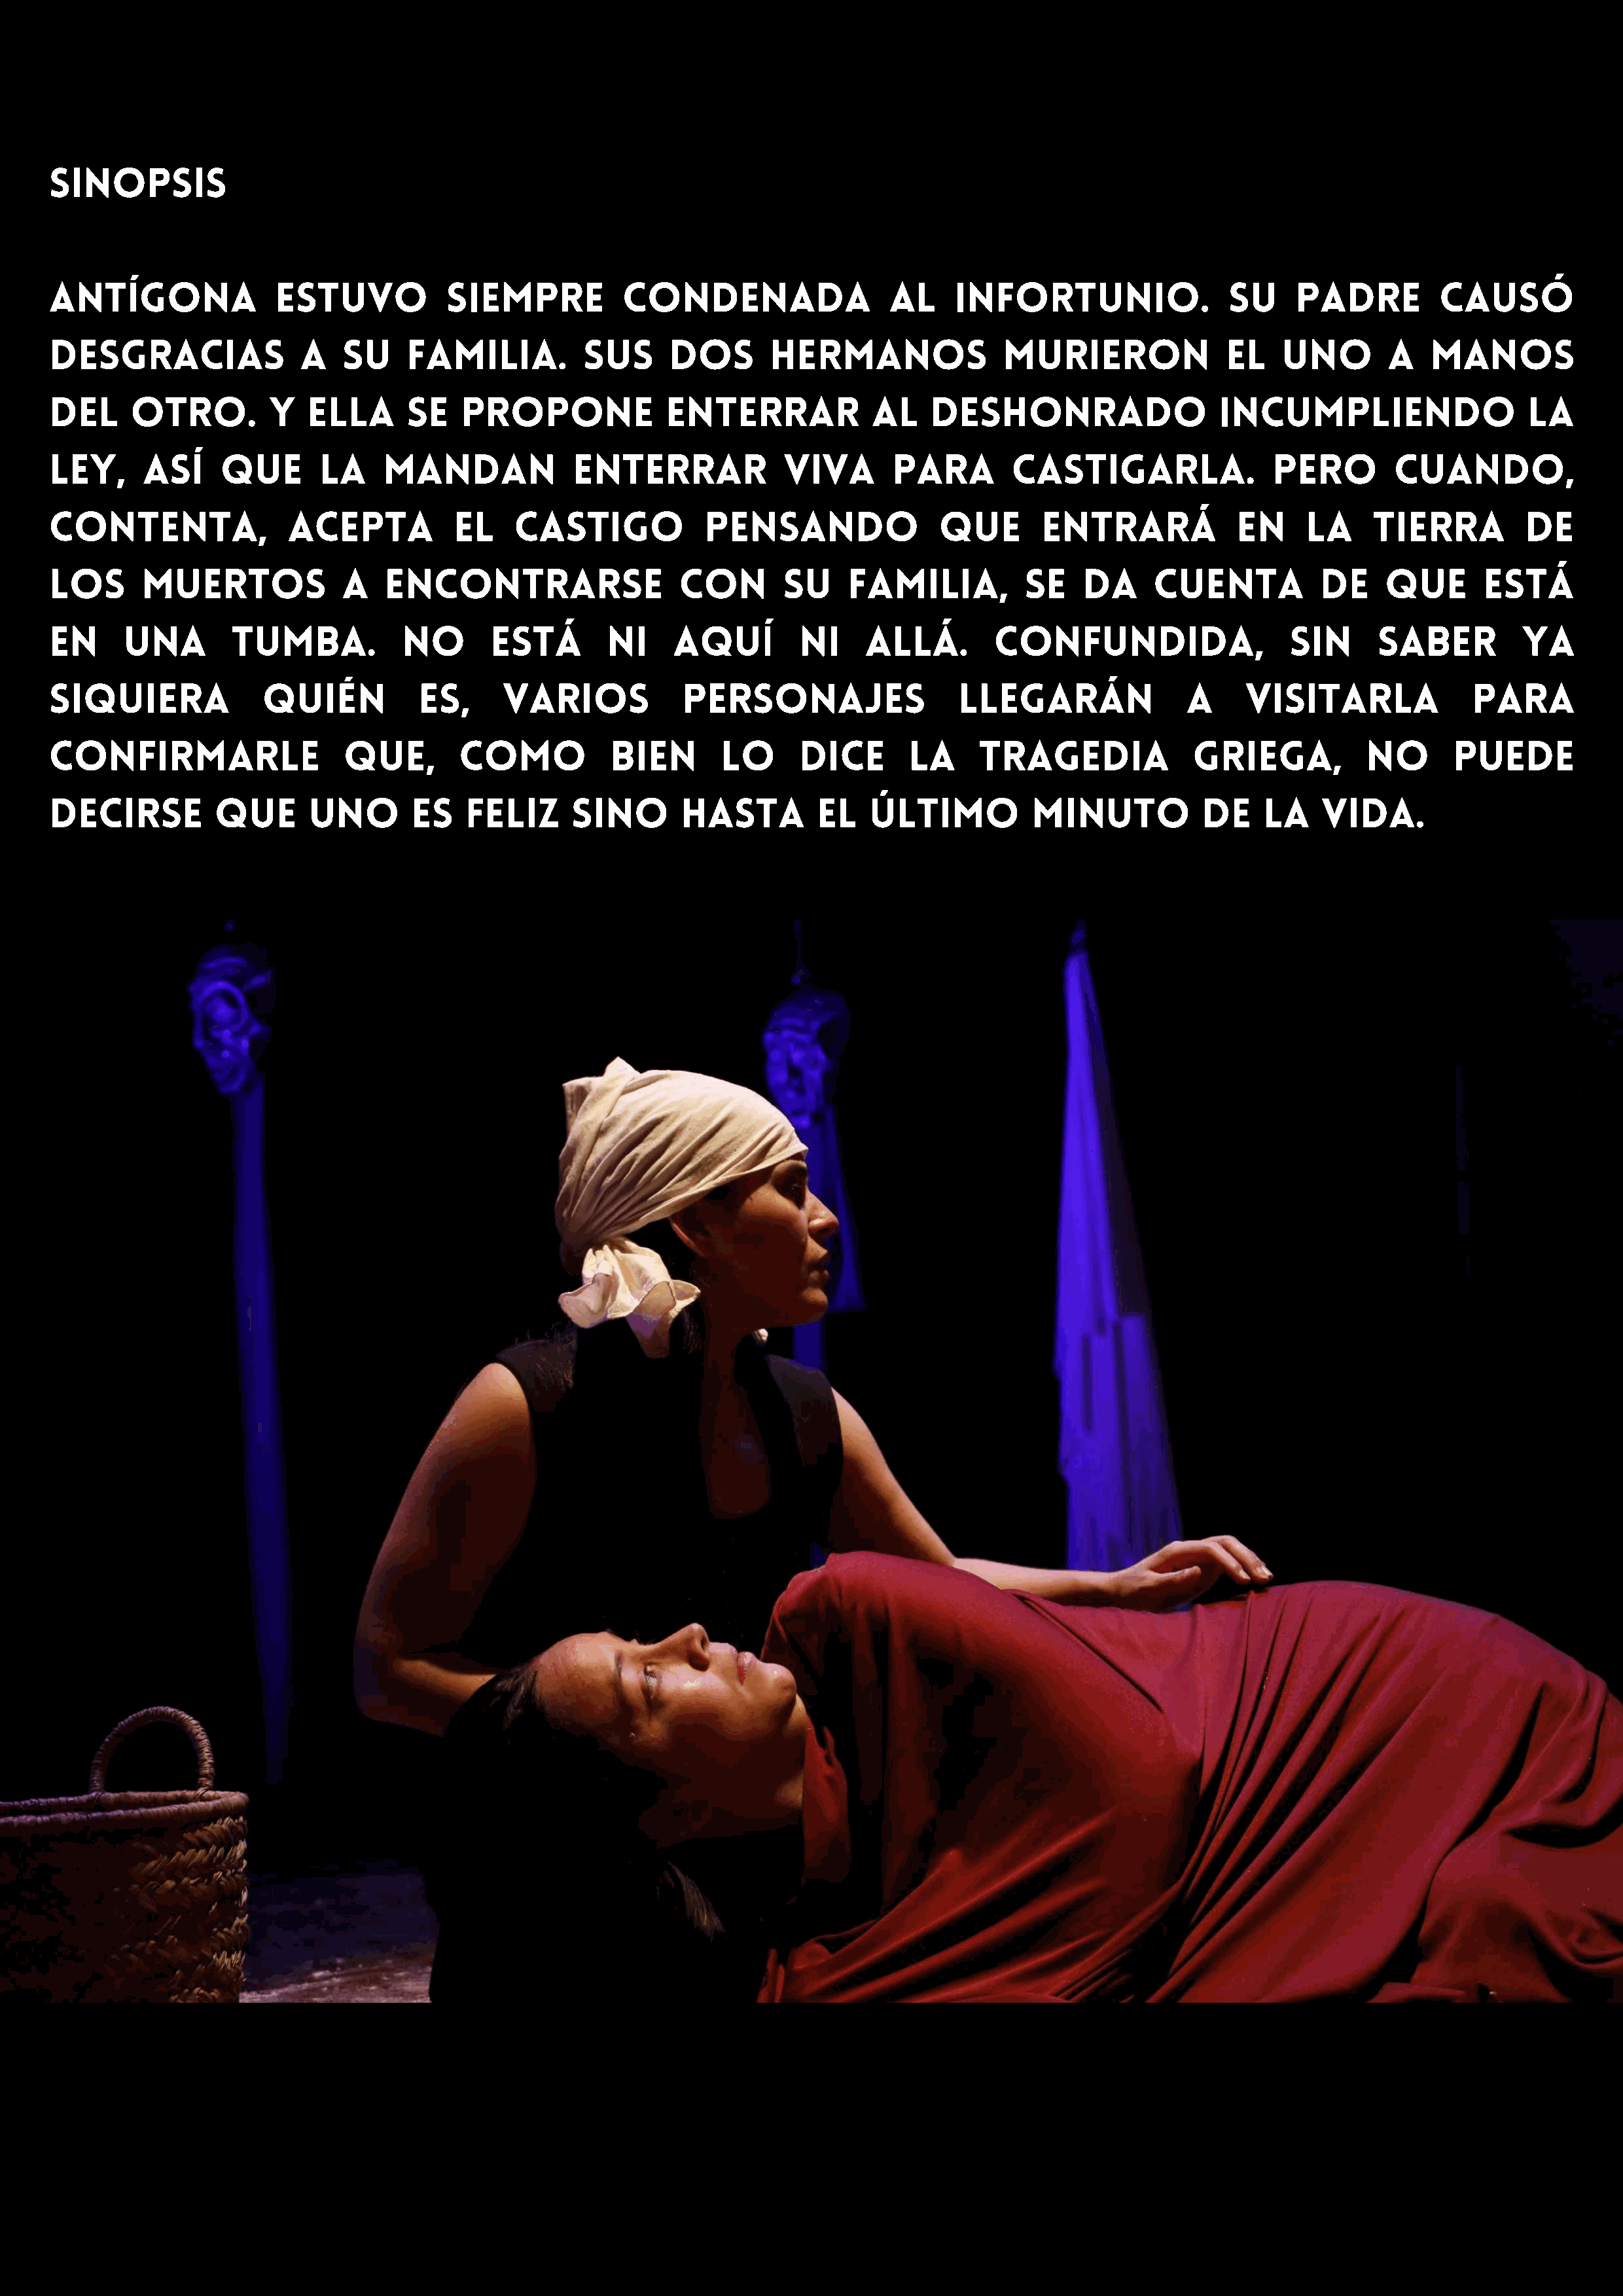
SINOPSIS
 Antígona               estuvo           siempre           condenada                  al     infortunio.                Su     padre          causó
 desgracias               a    su    familia.          Sus      dos       hermanos               murieron               el    uno       a    manos
 del     otro.         Y   ella      se    propone             enterrar             al    deshonrado                   incumpliendo                    la
 ley,     así     que       la     mandan             enterrar             viva       para        castigarla.                Pero        cuando,
 contenta,               acepta           el    castigo            pensando                que       entrará             en     la     tierra         de
 los      muertos              a   encontrarse                   con       su     familia,          se   da      cuenta          de     que       está
 en     una        tumba.            No       está       ni     aquí         ni     allá.        Confundida,                  sin      saber          ya
 siquiera              quién          es,      varios            personajes                  llegarán               a     visitarla              para
 confirmarle                   que,       como            bien       lo      dice       la     tragedia              griega,          no       puede
 decirse          que      uno        es   feliz      sino       hasta         el   último          minuto            de    la    vida.